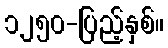
၁၂၅၀-ပြည့်နှစ်။